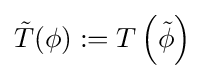
{\tilde {T}}(\phi ):=T\left({\tilde {\phi }}\right)